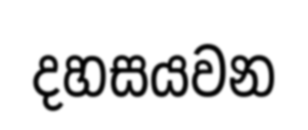
දහසයවන